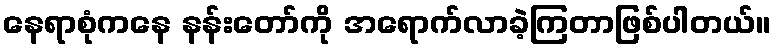
နေရာစုံကနေ နန်းတော်ကို အရောက်လာခဲ့ကြတာဖြစ်ပါတယ်။